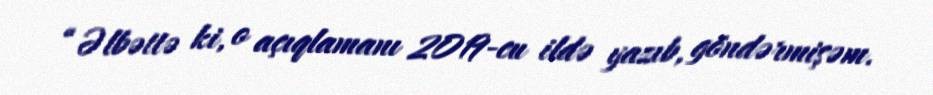
“Əlbəttə ki, o açıqlamanı 2019-cu ildə yazıb, göndərmişəm.